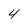
Character: 4